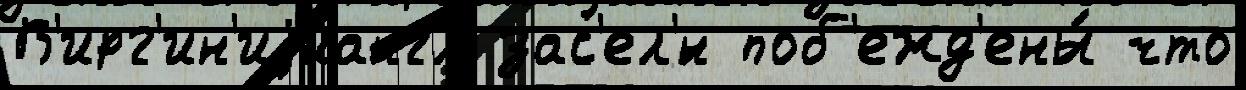
В'ирг'ин'иjиангл зас'ел'́н поб'ежд'ены́ что